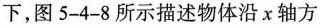
下，图5-4-8所示描述物体沿χ轴方